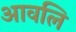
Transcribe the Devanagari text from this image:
आवलि